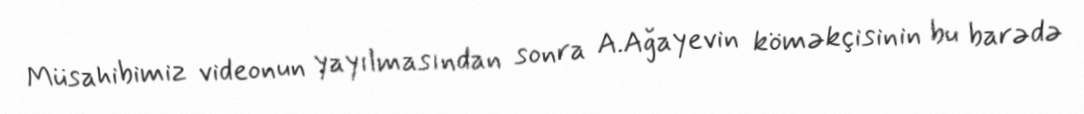
Müsahibimiz videonun yayılmasından sonra A.Ağayevin köməkçisinin bu barədə